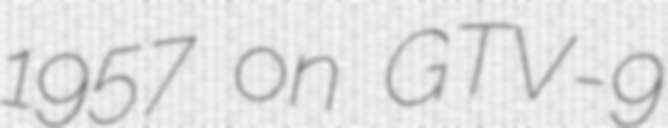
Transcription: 1957 on GTV-9